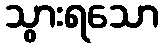
သွားရသော